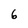
Character: 6